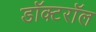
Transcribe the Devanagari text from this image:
डॉक्टरॉल